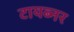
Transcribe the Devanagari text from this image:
टायब्नर